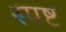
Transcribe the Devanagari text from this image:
स्‍पष्ट